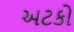
અટકો